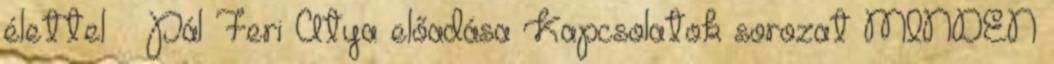
élettel – Pál Feri Atya előadása Kapcsolatok sorozat MINDEN